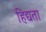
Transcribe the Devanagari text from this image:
हिद्यता